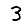
Digit: 3